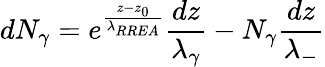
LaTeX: dN_{\gamma}=e^{\frac{z-z_{0}}{\lambda_{RREA}}}\frac{dz}{\lambda_{\gamma}}-N_{\gamma}\frac{dz}{\lambda_{-}}